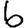
Digit: 6